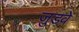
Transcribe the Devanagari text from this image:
जुडवें